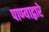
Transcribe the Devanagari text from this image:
पाण्याद्वारे